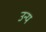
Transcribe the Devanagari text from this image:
उन्य